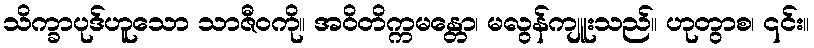
သိက္ခာပုဒ်ဟူသော သာဇီဝကို။ အဝိတိက္ကမန္တော၊ မလွန်ကျူးသည်။ ဟုတွာစ၊ ၎င်း။